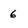
Character: 6